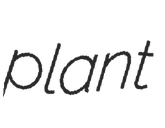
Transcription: plant